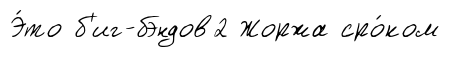
Э́то б'иг-бэндов2 Жоржа сро́ком